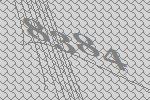
8384